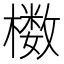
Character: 𰘸